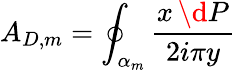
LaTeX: A_{D,m}=\oint_{\alpha_{m}}{\frac{x\, \d P}{2i\pi y}}